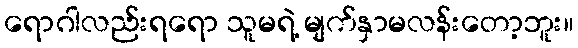
ရောဂါလည်းရရော သူမရဲ့ မျက်နှာမလန်းတော့ဘူး။